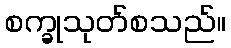
စက္ခုသုတ်စသည်။